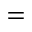
=